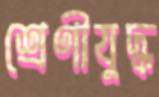
শ্রেণীযুদ্ধ